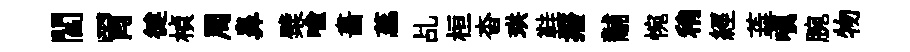
閻胃徤楨周鼻檗喻畵蕊乩桓杳珙鞋撥黼惋稍經蕋嗔腕物